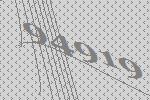
94919